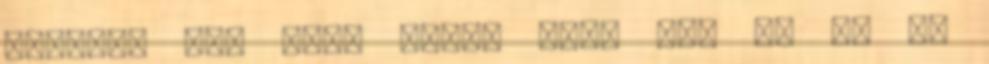
anyukám úgy jött haza, hogy hát ez az X.